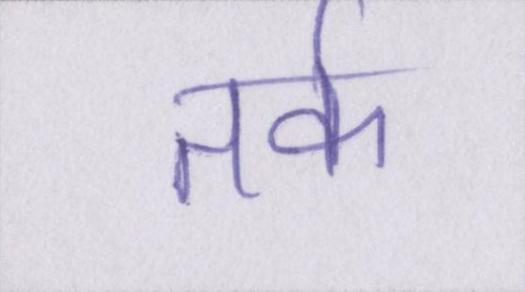
तर्क